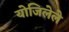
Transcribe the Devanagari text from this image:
योजिलेले